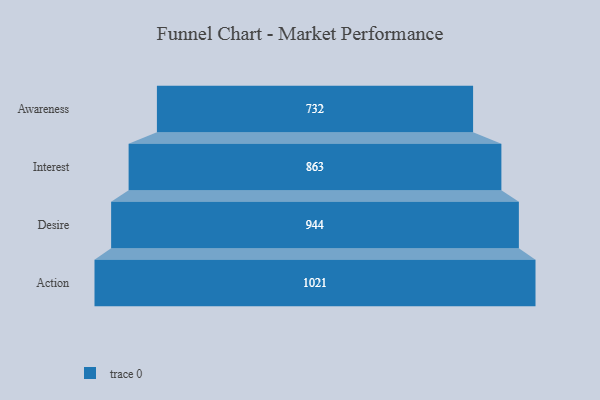
{"axis": {"x": "Stage", "y": "Value"}, "legend": [""], "data": [{"x": "Awareness", "y": 732.0, "type": ""}, {"x": "Interest", "y": 863.0, "type": ""}, {"x": "Desire", "y": 944.0, "type": ""}, {"x": "Action", "y": 1021.0, "type": ""}]}